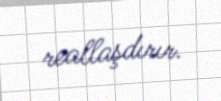
reallaşdırır.